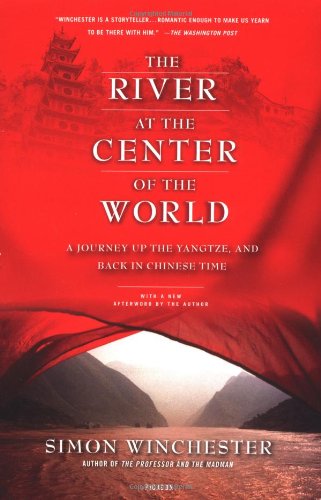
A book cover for The River at the Center of the World: A Journey Up the Yangtze, and Back in Chinese Time; Simon Winchester; Travel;